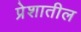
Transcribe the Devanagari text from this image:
प्रेशातील